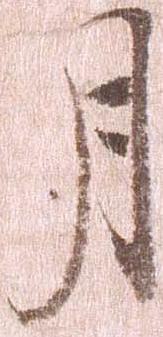
月